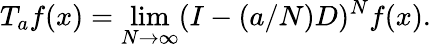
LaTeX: T_{a}f(x)=\operatorname*{lim}_{N\to\infty}(I-(a/N)D)^{N}f(x).